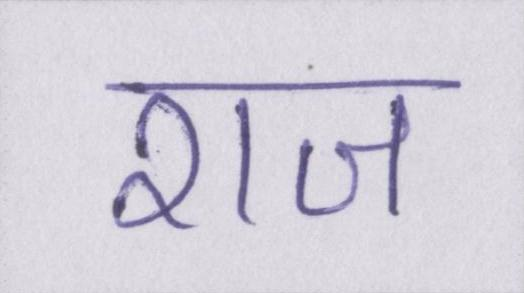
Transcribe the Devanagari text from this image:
राज